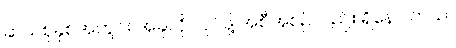
ဆယ်စုနှစ်အတွင်း အခုလို လုပ်ဖို့ အစီအစဉ်လည်း ရှိနေပါတယ်။